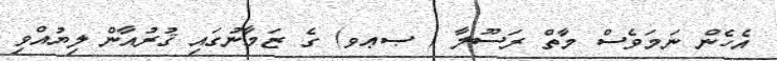
އެހެން ނަމަވެސް މާތް ރަސޫލާ ( ޞޢވ) ގެ ޒަމާނުގައި ޤުރުއާން ލިޔުއްވި